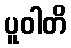
ပူဝါတိ